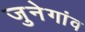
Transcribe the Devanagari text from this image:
जुनेगांव